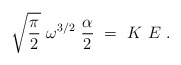
\begin{align*}\sqrt{\frac{\pi}{2}}~\omega^{3/2}~\frac{\alpha}{2}~=~K~E~.\end{align*}